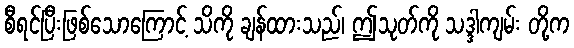
စီရင်ပြီးဖြစ်သောကြောင့် သိကို ချန်ထားသည်၊ ဤသုတ်ကို သဒ္ဒါကျမ်း တို့က